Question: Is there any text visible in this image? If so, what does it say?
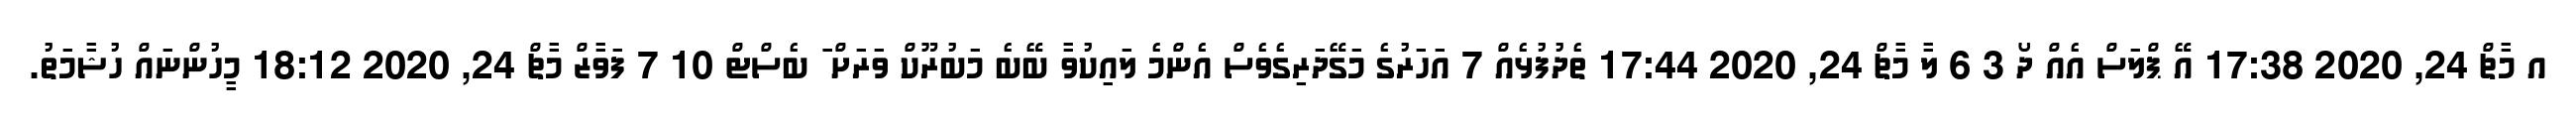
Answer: އ މާޗް 24, 2020 17:38 އޭ ޕްލަސް އެއް ދޯ 3 6 ލާ މާޗް 24, 2020 17:44 ތެދުފުޅެއް 7 އަހަރުގެ މަގޭދަރިގެވެސް އެންމެ ލައިކުވާ ބޭބެ މަބުރޫކް ވަރަށް ަަ ބެސްޓް 10 7 ފަވާޒް މާޗް 24, 2020 18:12 މީހުންނައް ހުޝާމަތު.